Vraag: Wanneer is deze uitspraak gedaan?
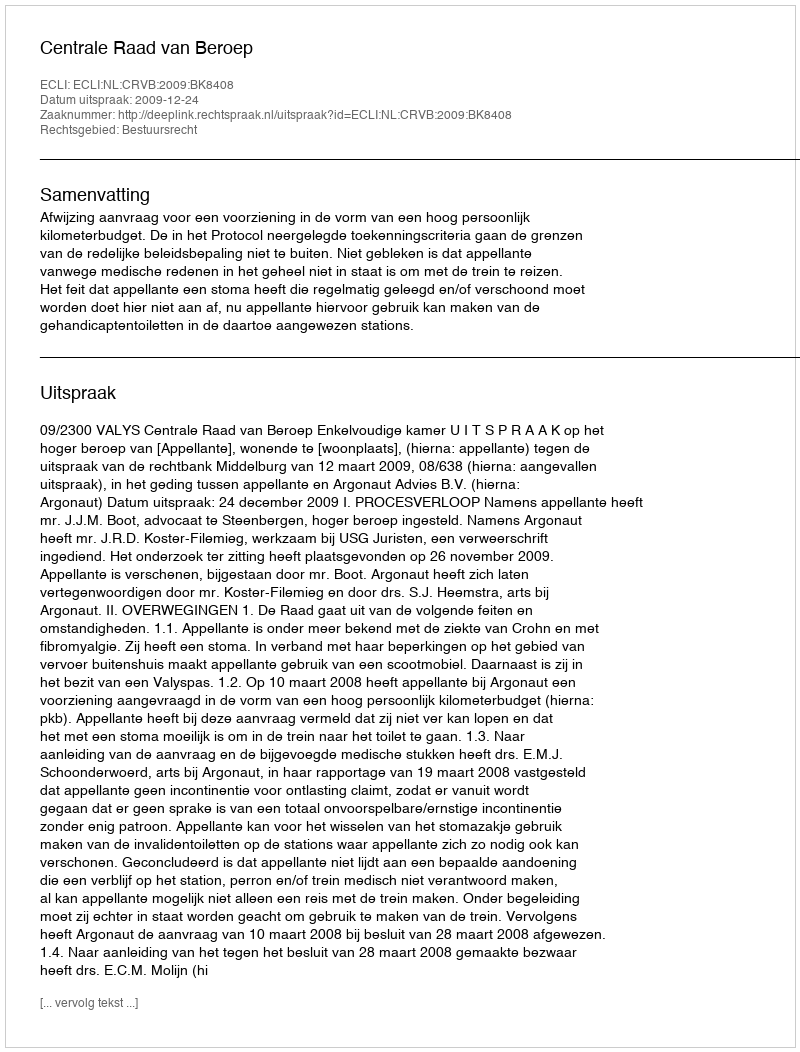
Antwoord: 2009-12-24